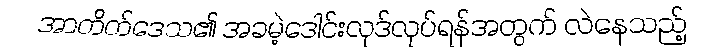
အာတိတ်ဒေသ၏ အခမဲ့ဒေါင်းလုဒ်လုပ်ရန်အတွက် လဲနေသည့်